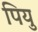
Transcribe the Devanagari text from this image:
पियु